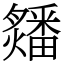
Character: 㸋